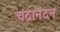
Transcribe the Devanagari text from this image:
चंद्रानंदन